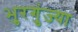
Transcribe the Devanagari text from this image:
भुरगुंज्या